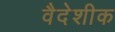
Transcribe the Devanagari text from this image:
वैदेशीक